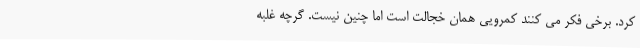
کرد. برخی فکر می کنند کمرویی همان خجالت است اما چنین نیست. گرچه غلبه